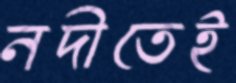
নদীতেই